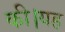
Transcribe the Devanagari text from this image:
की।यह